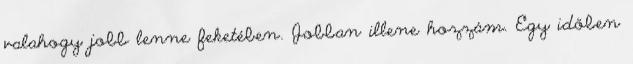
valahogy jobb lenne feketében. Jobban illene hozzám. Egy időben